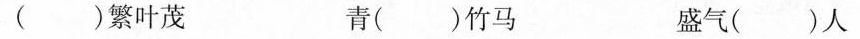
( )繁叶茂 青( )竹马 盛气( )人